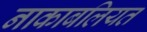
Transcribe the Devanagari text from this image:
नाकाबलियत